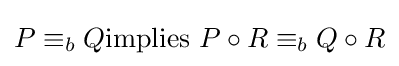
P\equiv _{b}Q{\mbox{implies }}P\circ R\equiv _{b}Q\circ R